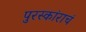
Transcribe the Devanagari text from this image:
पुरस्कांराचं